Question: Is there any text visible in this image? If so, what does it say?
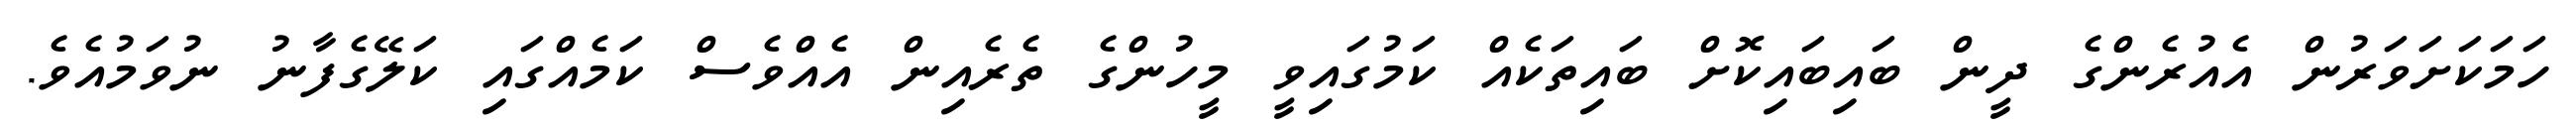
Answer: ހަމަކަށަވަރުން އެއުރެންގެ ދީން ބައިބައިކޮށް ބައިތަކެއް ކަމުގައިވީ މީހުންގެ ތެރެއިން އެއްވެސް ކަމެއްގައި ކަލޭގެފާނު ނުވަމުއެވެ.